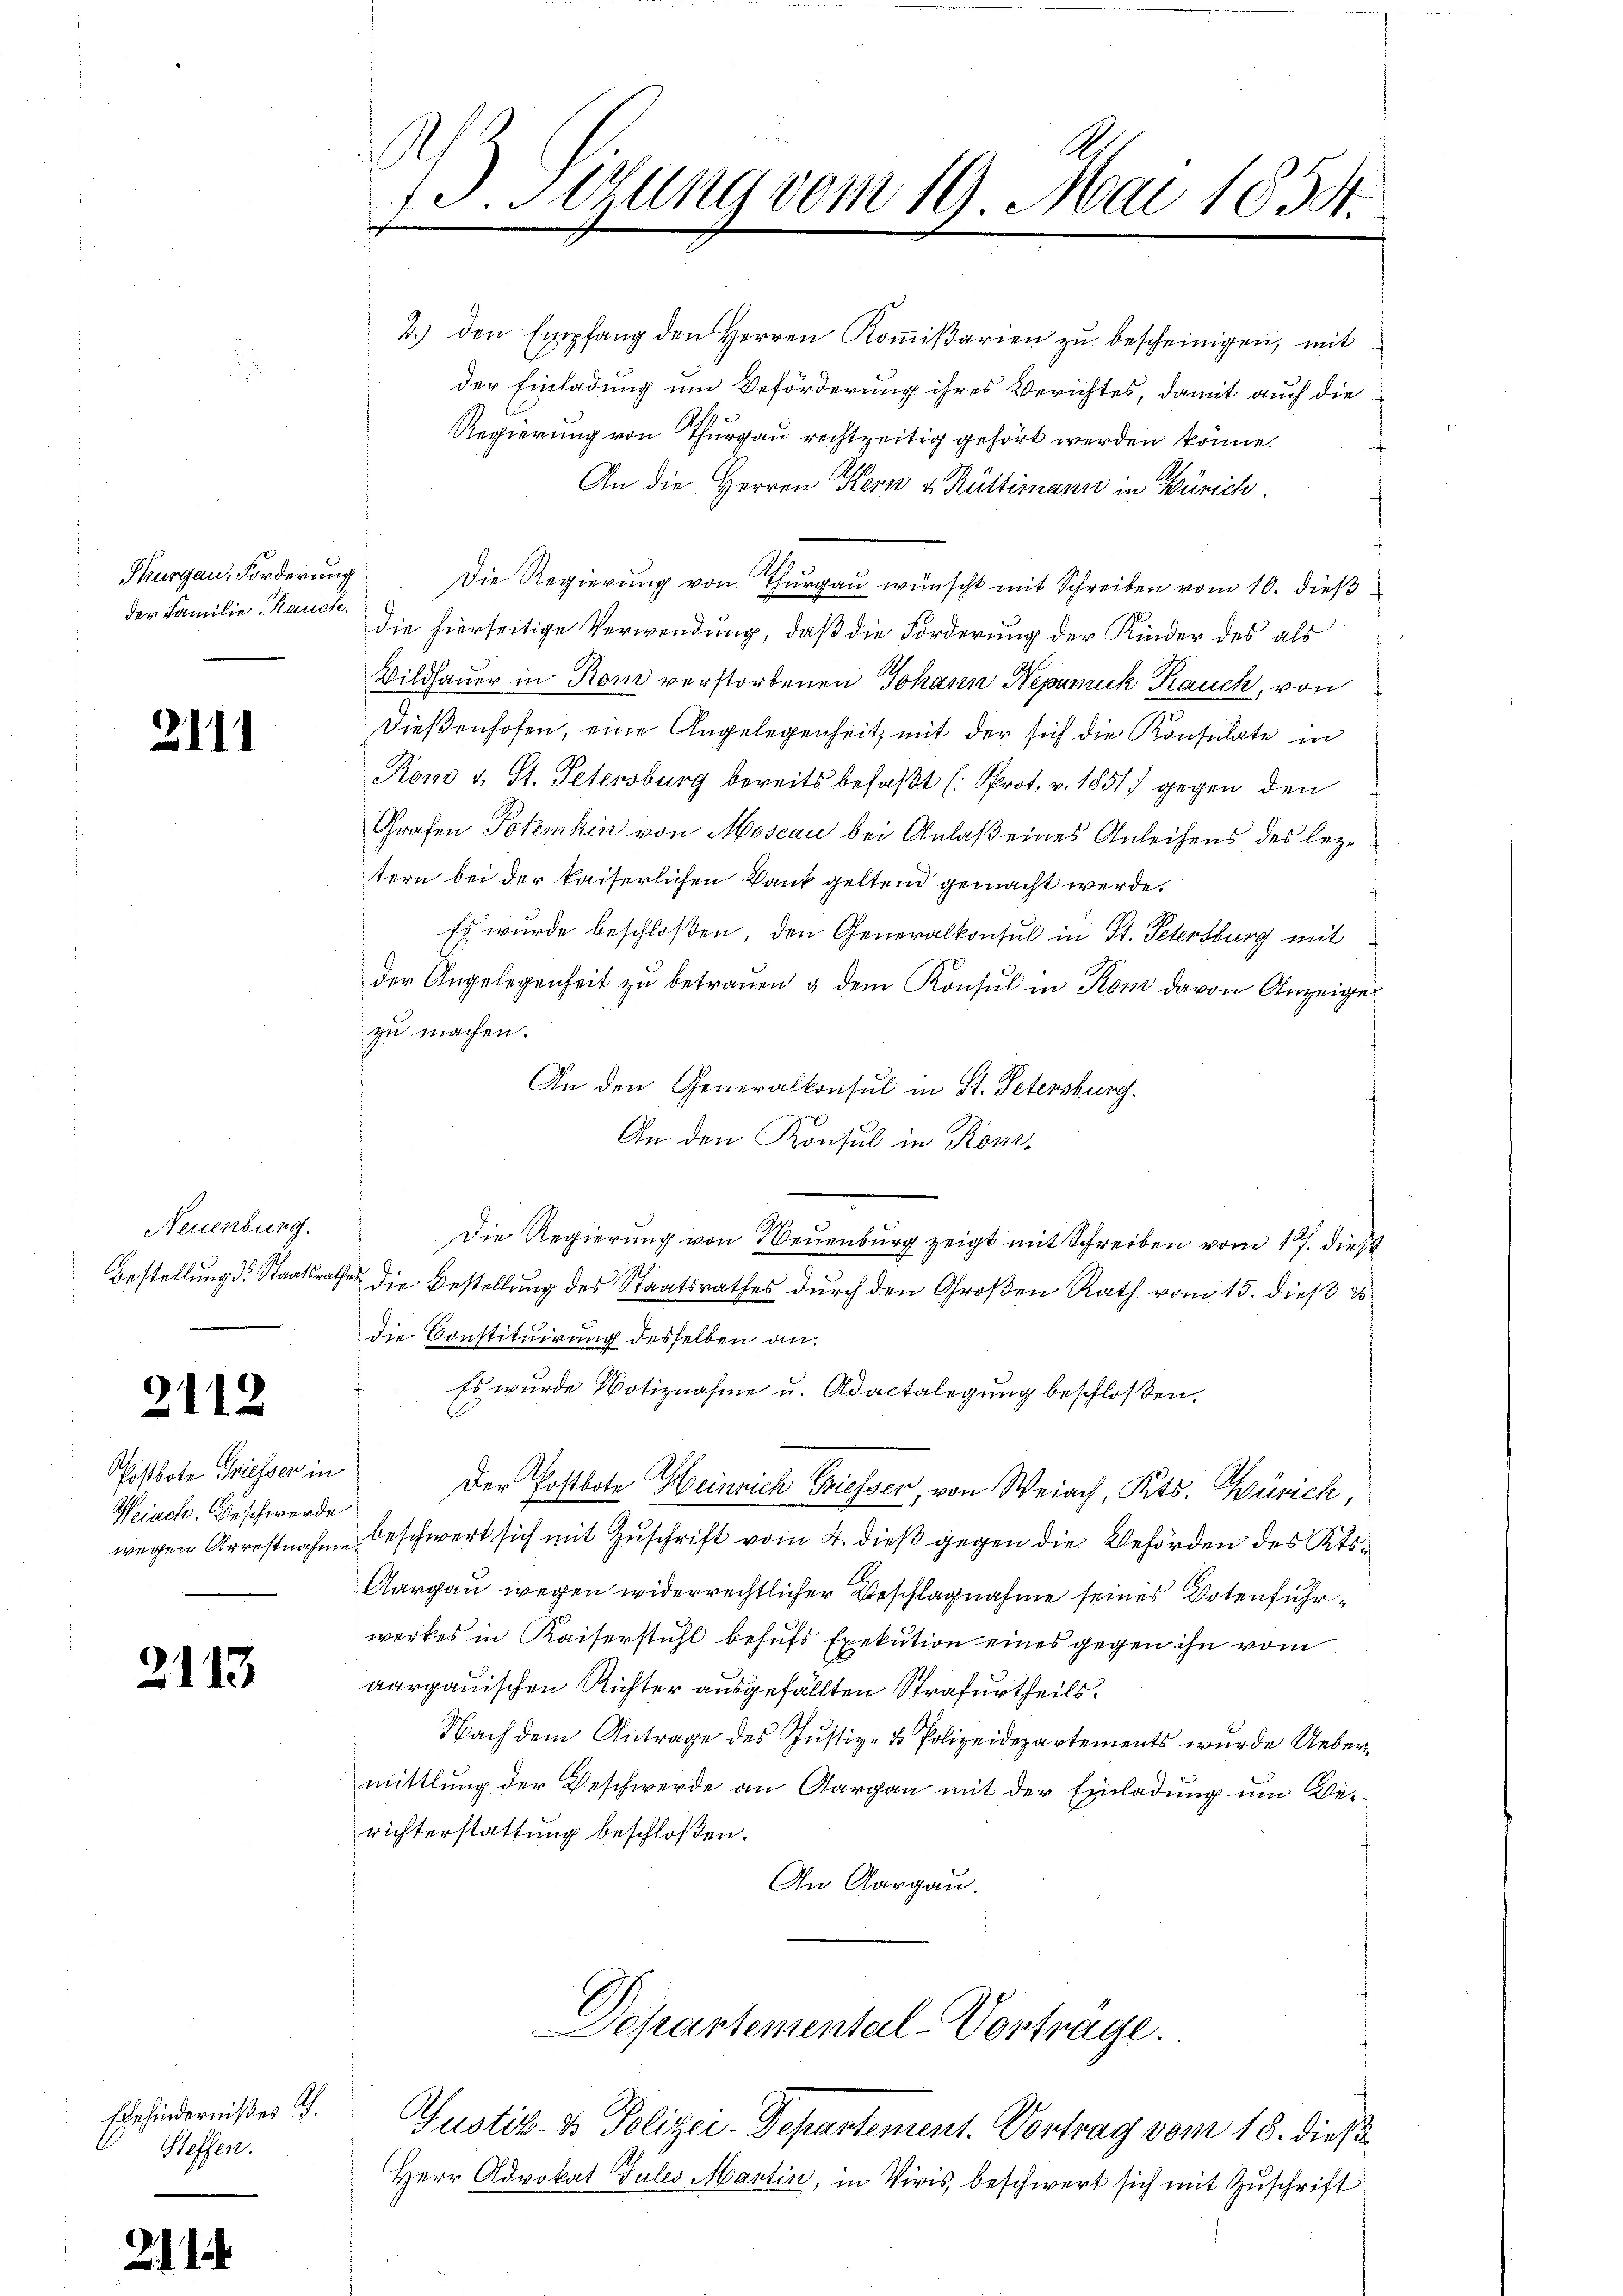
der Familie Rauche.

2111

Neuenburg.

2112

Postbote Griesser in
Weiach. Beschwerde

2113

Ehehindernißes u.
Steffen.

21

73. Setzung vom 19. Mai 1834.

2.) den Empfang den Herren Kommißarien zu bescheinigen, mit
der Einladung um Beförderung ihres Berichtes, damit auch die
Regierung von Thurgau rechtzeitig gehört werden könne.
An die Herren Kern u. Rüttimann in Zürich
Thurgau. Forderŭng die Regierŭng von Thŭrgaŭ wünscht mit Schreiben vom 10. dieß
die hierseitige Verwendung, daß die Forderung der Kinder des als
Bildhauer in Rom verstorbenen Johann Nepomuk Rauch, von
Dießenhofen, eine Angelegenheit, mit der sich die Konsulate in
Rom u. St. Petersburg bereits befaßt (Prot. v. 1851) gegen den
Grafen Potemhin von Moseau bei Anlaß eines Anleihens des leztern bei der kaiserlichen Dank geltend gemacht werde.
Es wurde beschloßen, den Generalkonsul in St. Petersburg mit
der Angelegenheit zu betrauen & dem Konsul in Kom davon Anzeige
zu machen.
An den Generalkonsul in St. Petersburg.
An den Konsul in Kom¬
Die Regierung von Neuenburg zeigt mit Schreiben vom 17. dieß
Bestellung d. Staatsrathes die Bestellung des Staatsrathes durch den Großen Rath vom 15. dieß d
die Constituirung desselben an.
Es wurde Notiznahme u. Adactalegung beschloßen,
Der Postbote Heinrich Griesser, von Weiach, Kts. Zürich,
wegen Arrestnahme beschwert sich mit Zuschrift vom 4. dieß gegen die Behörden des Kts.
Aargau wegen widerrechtlicher Beschlagnahme seines Dotenfuhrwerkes in Kaiserstuhl behufs Exekution eines gegen ihn vom
aargauischen Richter ausgefällten Strafurtheils.
Nach dem Antrage des Justiz- & Polizeidepartements wurde Uebermittlung der Beschwerde an Aargau mit der Einladung um Berichterstattung beschloßen:
An Aargau.

Departemental-Vortrage.

Justiz- & Polizei-Departement. Vortrag vom 18. dieß
Herr Advokat Jules Martin, in Vivis, beschwert sich mit Zŭschrift